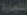
التجارة